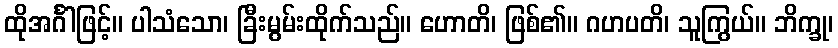
ထိုအင်္ဂါဖြင့်။ ပါသံသော၊ ခြီးမွမ်းထိုက်သည်။ ဟောတိ၊ ဖြစ်၏။ ဂဟပတိ၊ သူကြွယ်။ ဘိက္ခု၊